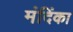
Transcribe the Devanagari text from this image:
मंदिंका